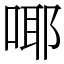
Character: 㖿